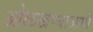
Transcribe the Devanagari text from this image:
ओळखण्याआधी